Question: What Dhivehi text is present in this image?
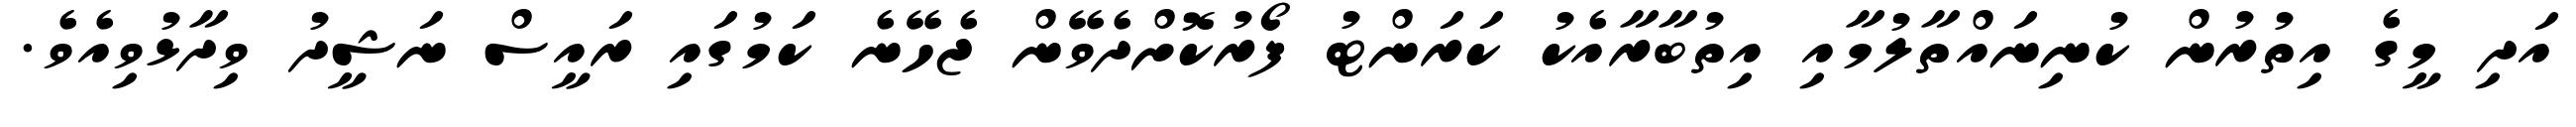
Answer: އަދި މީގެ އިތުރުން ކުނިނައްތާލުމާއި އިތުބާރާއެކު ކަރަންޓު ފޯރުކޮށްދެވޭން ޖެހޭނެ ކަމުގައި ރައީސް ނަޝީދު ވިދާޅުވިއެވެ.